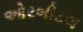
ઓરબીટલ